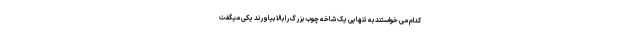
کدام می خواستند به تنهایی یک شاخه چوب بزرگ را بالا بیاورند یکی میگفت